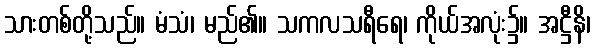
သားတစ်တို့သည်။ မံသံ၊ မည်၏။ သကလသရီရေ၊ ကိုယ်အလုံး၌။ အဋ္ဌီနိ၊